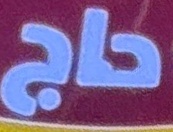
حاج